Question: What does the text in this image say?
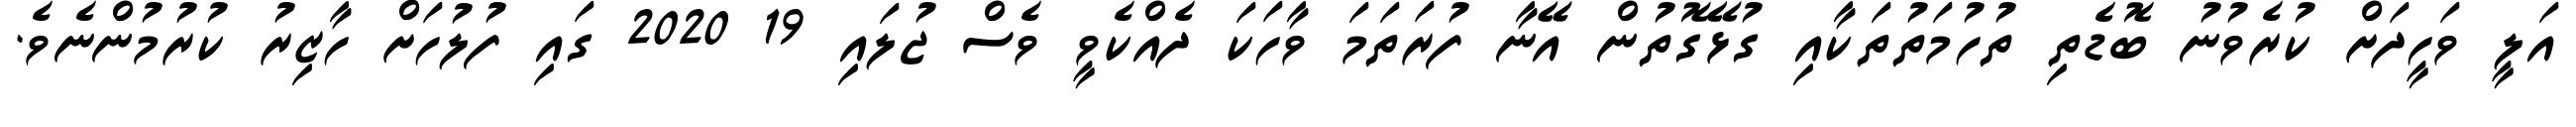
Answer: އަލީ ވަހީދަށް ކުރެވުނު ބޮޑެތި ތުހުމަތުތަކާއި ގުޅޭގޮތުން އޭނާ ފުރަތަމަ ވާހަކަ ދެއްކެވީ ވެސް ޖުލައި 19 2020 ގައި ފުލުހަށް ހާޒިރު ކުރުމުންނެވެ.